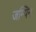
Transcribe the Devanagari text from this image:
जम्पिन